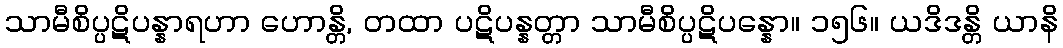
သာမီစိပ္ပဋိပန္နာရဟာ ဟောန္တိ, တထာ ပဋိပန္နတ္တာ သာမီစိပ္ပဋိပန္နော။ ၁၅၆။ ယဒိဒန္တိ ယာနိ